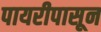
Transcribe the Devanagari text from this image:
पायरीपासून